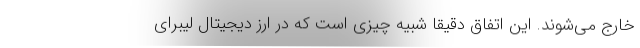
خارج می‌شوند. این اتفاق دقیقاً شبیه چیزی است که در ارز دیجیتال لیبرای